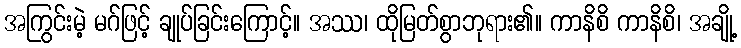
အကြွင်းမဲ့ မဂ်ဖြင့် ချုပ်ခြင်းကြောင့်။ အဿ၊ ထိုမြတ်စွာဘုရား၏။ ကာနိစိ ကာနိစိ၊ အချို့